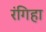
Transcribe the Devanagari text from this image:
रंगिहा